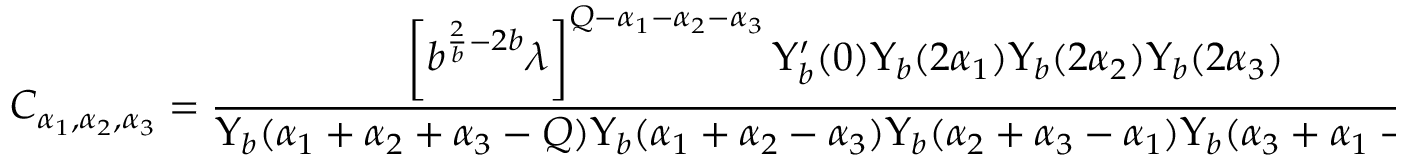
C _ { \alpha _ { 1 } , \alpha _ { 2 } , \alpha _ { 3 } } = { \frac { \left[ b ^ { { \frac { 2 } { b } } - 2 b } \lambda \right] ^ { Q - \alpha _ { 1 } - \alpha _ { 2 } - \alpha _ { 3 } } \Upsilon _ { b } ^ { \prime } ( 0 ) \Upsilon _ { b } ( 2 \alpha _ { 1 } ) \Upsilon _ { b } ( 2 \alpha _ { 2 } ) \Upsilon _ { b } ( 2 \alpha _ { 3 } ) } { \Upsilon _ { b } ( \alpha _ { 1 } + \alpha _ { 2 } + \alpha _ { 3 } - Q ) \Upsilon _ { b } ( \alpha _ { 1 } + \alpha _ { 2 } - \alpha _ { 3 } ) \Upsilon _ { b } ( \alpha _ { 2 } + \alpha _ { 3 } - \alpha _ { 1 } ) \Upsilon _ { b } ( \alpha _ { 3 } + \alpha _ { 1 } - \alpha _ { 2 } ) } } \ ,